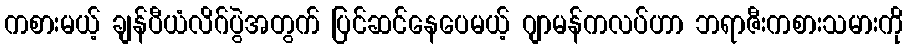
ကစားမယ့် ချန်ပီယံလိဂ်ပွဲအတွက် ပြင်ဆင်နေပေမယ့် ဂျာမန်ကလပ်ဟာ ဘရာဇီးကစားသမားကို